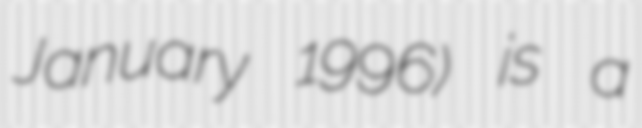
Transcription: January 1996) is a